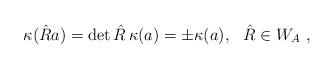
LaTeX: \begin{align*}\kappa (\hat{R}a)=\det{\hat{R}}\,\kappa(a) = \pm \kappa (a) ,\ \ \hat{R}\in W_A\ ,\end{align*}